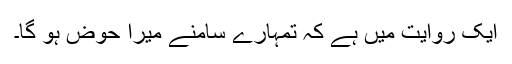
ایک روایت میں ہے کہ تمہارے سامنے میرا حوض ہو گا۔